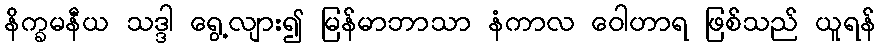
နိက္ခမနီယ သဒ္ဒါ ရွေ့လျား၍ မြန်မာဘာသာ နံကာလ ဝေါဟာရ ဖြစ်သည် ယူရန်